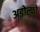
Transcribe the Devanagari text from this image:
अडोल्फो